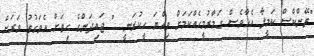
"ތޭންކްސް ކަމީލާ އެހާވެސް ގަމާރުމީހެއްކަމަށް ވިއްޔަ ހީކުރަނީ....." ޖައިދަންގެ ހިތަށް އެވަގުތު ވަރަށް